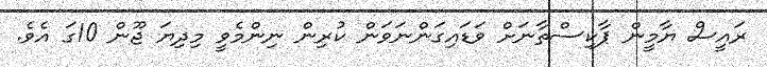
ރައީސް ޔާމީން ޕާކިސްތާނަށް ވަޑައިގަންނަވަން ކުރިން ނިންމެވީ މިދިޔަ ޖޫން 10ގަ އެވެ.